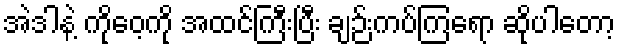
အဲဒါနဲ့ ကိုဝေ့ကို အထင်ကြီးပြီး ချဉ်းကပ်ကြရော ဆိုပါတော့